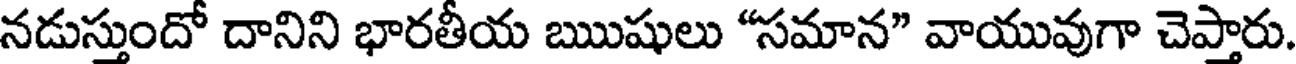
నడుస్తుందో దానిని భారతీయ ఋషులు "సమాన" వాయువుగా చెప్తారు.